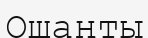
Ошаңты